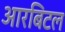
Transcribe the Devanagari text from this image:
आरबिटल